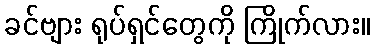
ခင်ဗျား ရုပ်ရှင်တွေကို ကြိုက်လား။